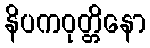
နိပကဝုတ္တိနော